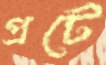
প্রটে